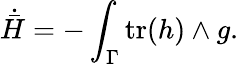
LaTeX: \dot{\bar{H}}=-\int_{\Gamma}\mathrm{tr}(h)\wedge g.